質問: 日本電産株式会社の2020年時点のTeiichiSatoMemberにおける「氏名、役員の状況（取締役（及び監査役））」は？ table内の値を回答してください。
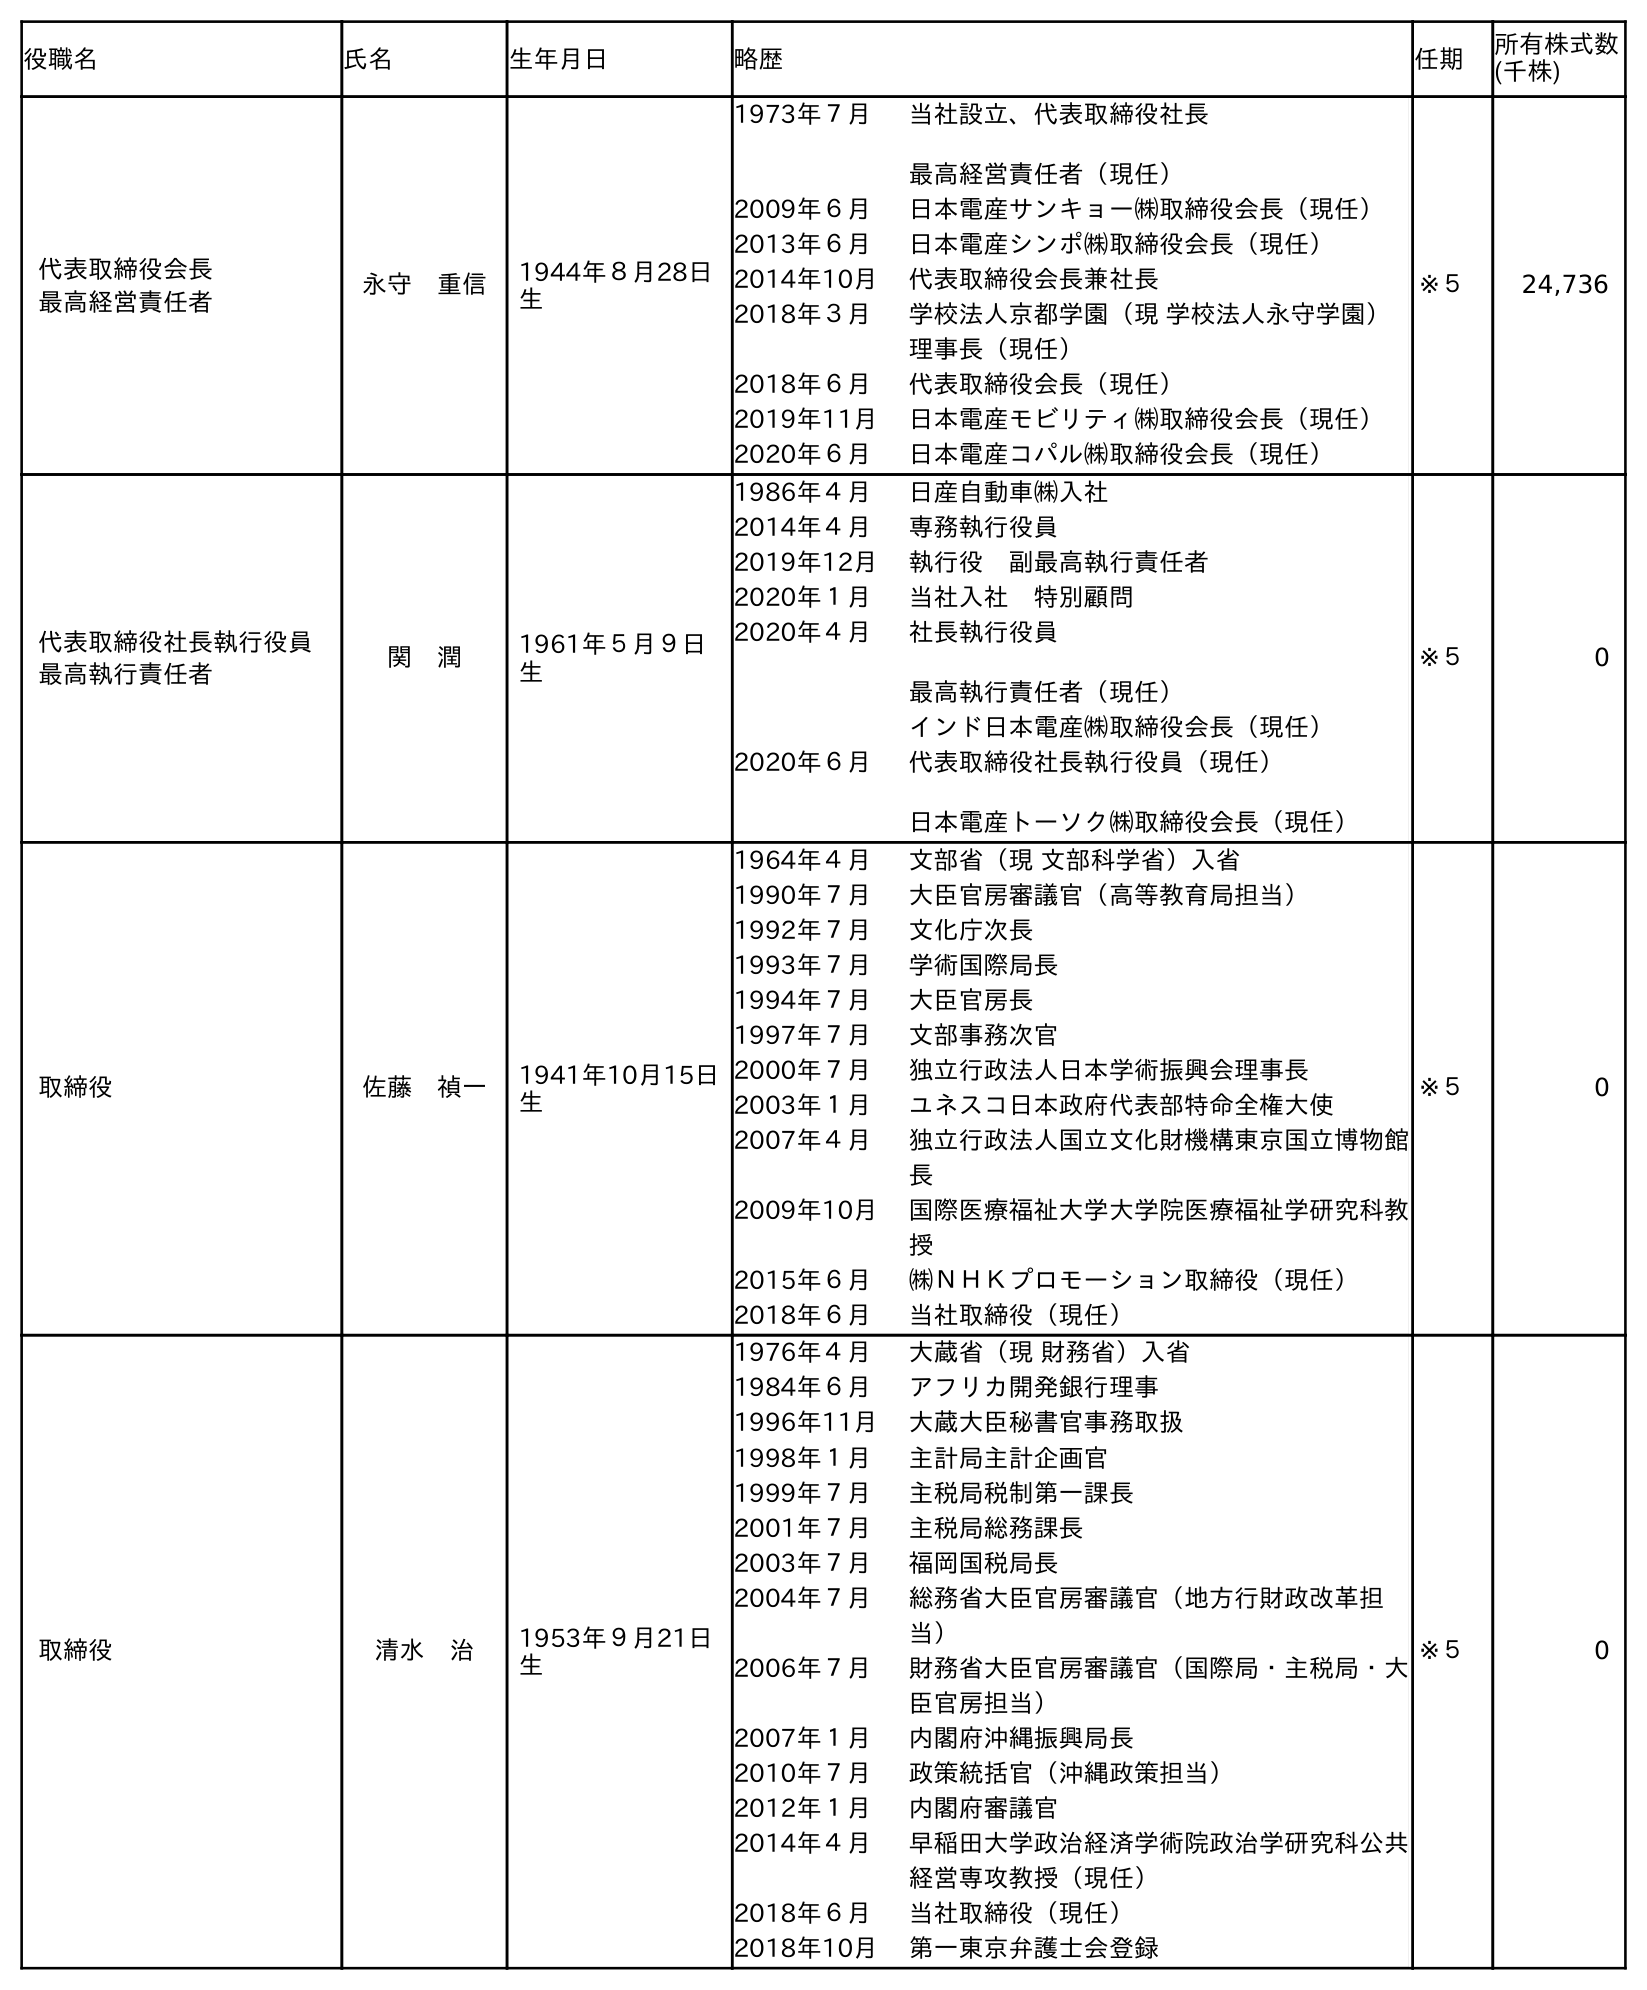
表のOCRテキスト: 役職名 氏名 生年月日 略歴 任期 所有株式数 (千株) 代表取締役会長 最高経営責任者 永守 重信 1944年８月28日 生 1973年７月 当社設立、代表取締役社長 最高経営責任者（現任） 2009年６月 日本電産サンキョー㈱取締役会長（現任） 2013年６月 日本電産シンポ㈱取締役会長（現任） 2014年10月 代表取締役会長兼社長 2018年３月 学校法人京都学園（現 学校法人永守学園） 理事長（現任） 2018年６月 代表取締役会長（現任） 2019年11月 日本電産モビリティ㈱取締役会長（現任） 2020年６月 日本電産コパル㈱取締役会長（現任） ※５ 24,736 代表取締役社長執行役員 最高執行責任者 関 潤 1961年５月９日 生 1986年４月 日産自動車㈱入社 2014年４月 専務執行役員 2019年12月 執行役 副最高執行責任者 2020年１月 当社入社 特別顧問 2020年４月 社長執行役員 最高執行責任者（現任） インド日本電産㈱取締役会長（現任） 2020年６月 代表取締役社長執行役員（現任） 日本電産トーソク㈱取締役会長（現任） ※５ 0 取締役 佐藤 禎一 1941年10月15日 生 1964年４月 文部省（現 文部科学省）入省 1990年７月 大臣官房審議官（高等教育局担当） 1992年７月 文化庁次長 1993年７月 学術国際局長 1994年７月 大臣官房長 1997年７月 文部事務次官 2000年７月 独立行政法人日本学術振興会理事長 2003年１月 ユネスコ日本政府代表部特命全権大使 2007年４月 独立行政法人国立文化財機構東京国立博物館 長 2009年10月 国際医療福祉大学大学院医療福祉学研究科教 授 2015年６月 ㈱ＮＨＫプロモーション取締役（現任） 2018年６月 当社取締役（現任） ※５ 0 取締役 清水 治 1953年９月21日 生 1976年４月 大蔵省（現 財務省）入省 1984年６月 アフリカ開発銀行理事 1996年11月 大蔵大臣秘書官事務取扱 1998年１月 主計局主計企画官 1999年７月 主税局税制第一課長 2001年７月 主税局総務課長 2003年７月 福岡国税局長 2004年７月 総務省大臣官房審議官（地方行財政改革担 当） 2006年７月 財務省大臣官房審議官（国際局・主税局・大 臣官房担当） 2007年１月 内閣府沖縄振興局長 2010年７月 政策統括官（沖縄政策担当） 2012年１月 内閣府審議官 2014年４月 早稲田大学政治経済学術院政治学研究科公共 経営専攻教授（現任） 2018年６月 当社取締役（現任） 2018年10月 第一東京弁護士会登録 ※５ 0
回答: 佐藤　禎一